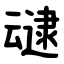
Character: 叇